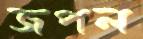
জপল